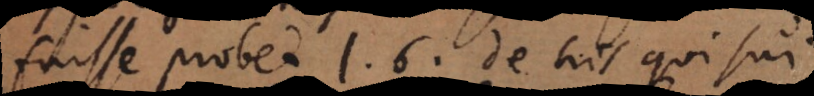
fuisse probet l. 6. de his qui sui.